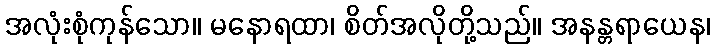
အလုံးစုံကုန်သော။ မနောရထာ၊ စိတ်အလိုတို့သည်။ အနန္တရာယေန၊